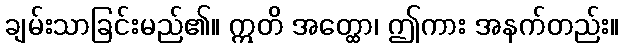
ချမ်းသာခြင်းမည်၏။ ဣတိ အတ္ထော၊ ဤကား အနက်တည်း။